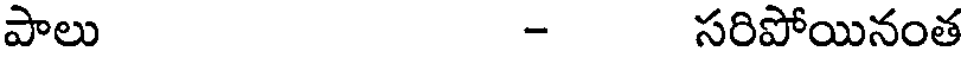
పాలు - సరిపోయినంత